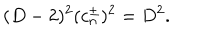
( D - 2 ) ^ { 2 } ( c _ { n } ^ { \pm } ) ^ { 2 } = D ^ { 2 } .